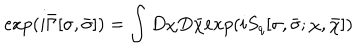
\exp ( i \bar { \Gamma } [ \sigma , \bar { \sigma } ] ) = \int D \chi D \bar { \chi } e x p ( i S _ { q } [ \sigma , \bar { \sigma } ; \chi , \bar { \chi } ] )